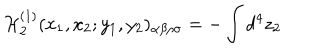
{ \cal H } _ { 2 } ^ { ( 1 ) } ( x _ { 1 } , x _ { 2 } ; y _ { 1 } , y _ { 2 } ) _ { \alpha \beta \rho \sigma } = - \int d ^ { 4 } z _ { 2 }